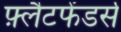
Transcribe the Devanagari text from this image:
फ़्लैटफेंडर्स